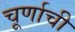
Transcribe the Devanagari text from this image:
चूर्णाची